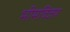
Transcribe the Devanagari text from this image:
भीमविजय